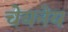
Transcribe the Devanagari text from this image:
चेयनेय